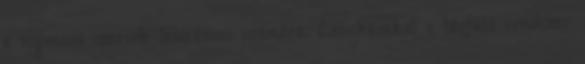
a nyomozó szervek laboránsai számára. Lebukásukat a távfűtő rendszer